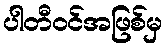
ပါတီဝင်အဖြစ်မှ